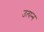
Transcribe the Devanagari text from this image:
उत्‍पन्‍न्‍ा